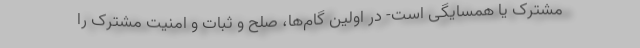
مشترک یا همسایگی است- در اولین گام‌ها، صلح و ثبات و امنیت مشترک را